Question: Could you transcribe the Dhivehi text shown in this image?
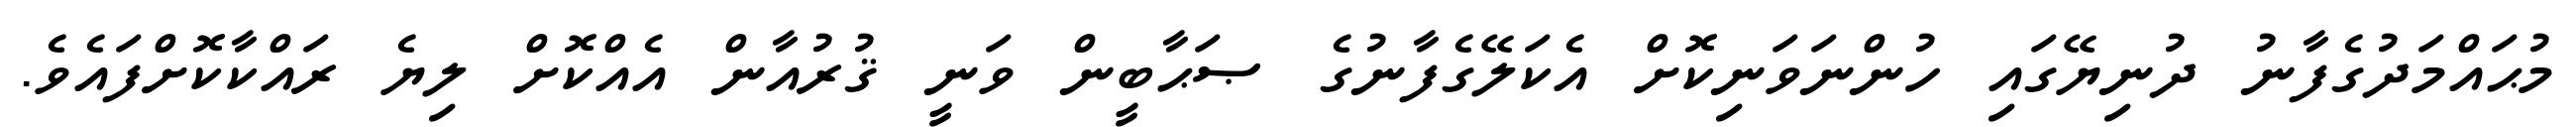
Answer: މުޙައްމަދުގެފާނު ދުނިޔޭގައި ހުންނަވަނިކޮށް އެކަލޭގެފާނުގެ ޞަޙާބީން ވަނީ ޤުރުއާން އެއްކޮށް ލިޔެ ރައްކާކޮށްފައެވެ.